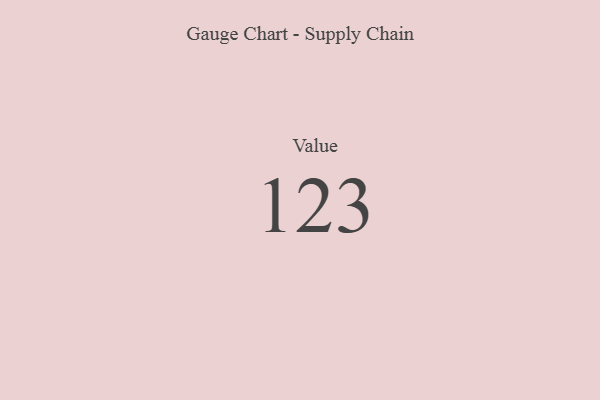
{"axis": {"x": "Metric", "y": "Value"}, "legend": [""], "data": [{"x": "Value", "y": 123, "type": ""}]}